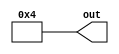
module FOUR_4bit( output [3:0] out );
  assign out = 4'b0100;
endmodule